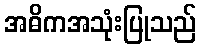
အဓိကအသုံးပြုသည်